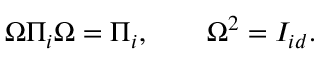
\Omega \Pi _ { i } \Omega = \Pi _ { i } , \qquad \Omega ^ { 2 } = I _ { i d } .